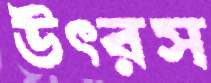
উৎরস